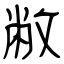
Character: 敝